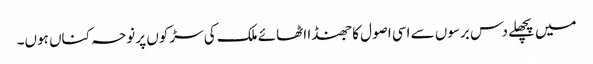
میں پچھلے دس برسوں سے اسی اصول کا جھنڈا اٹھائے ملک کی سڑکوں پر نوحہ کناں ہوں۔